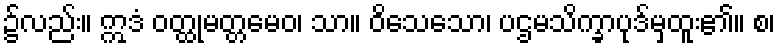
၌လည်း။ ဣဒံ ဝတ္ထုမတ္တမေဝ၊ သာ။ ဝိသေသော၊ ပဌမသိက္ခာပုဒ်မှထူး၏။ စ၊